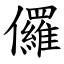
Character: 儸